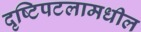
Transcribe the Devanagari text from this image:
दृष्टिपटलामधील